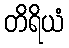
တိရိယံ